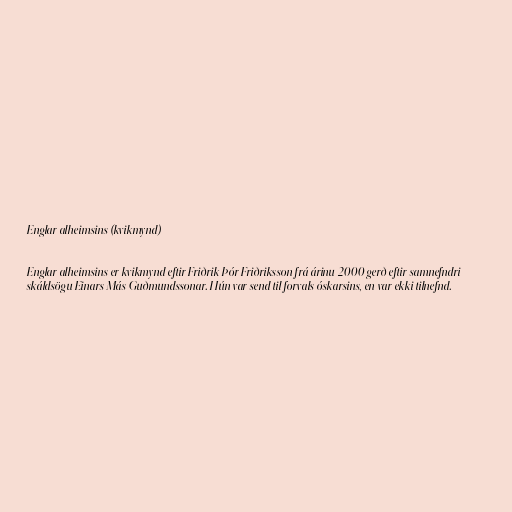
Englar alheimsins (kvikmynd)

Englar alheimsins er kvikmynd eftir Friðrik Þór Friðriksson frá árinu 2000 gerð eftir samnefndri
skáldsögu Einars Más Guðmundssonar. Hún var send til forvals óskarsins, en var ekki tilnefnd.